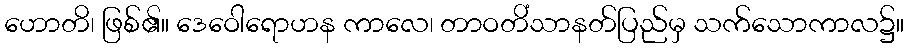
ဟောတိ၊ ဖြစ်၏။ ဒေဝေါရောဟန ကာလေ၊ တာဝတိံသာနတ်ပြည်မှ သက်သောကာလ၌။